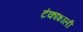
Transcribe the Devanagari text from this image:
टंकाशाली